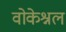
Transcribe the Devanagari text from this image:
वोकेश्नल